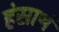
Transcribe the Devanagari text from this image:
हंसाणं